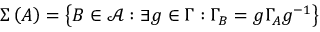
\Sigma \left( A \right) = \left\{ B \in \mathcal { A } : \exists g \in \Gamma : \Gamma _ { B } = g \Gamma _ { A } g ^ { - 1 } \right\}